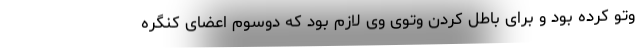
وتو کرده بود و برای باطل کردن وتوی وی لازم بود که دوسوم اعضای کنگره